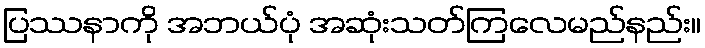
ပြဿနာကို အဘယ်ပုံ အဆုံးသတ်ကြလေမည်နည်း။